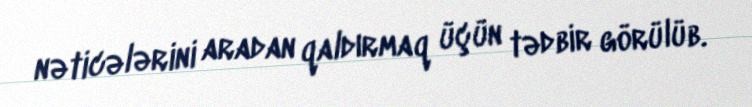
nəticələrini aradan qaldırmaq üçün tədbir görülüb.